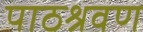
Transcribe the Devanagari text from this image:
पाठश्रवण